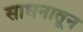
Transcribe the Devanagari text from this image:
साधनातून